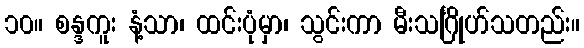
၁၀။ စန္ဒကူး နံ့သာ၊ ထင်းပုံမှာ၊ သွင်းကာ မီးသင်္ဂြိုဟ်သတည်း။